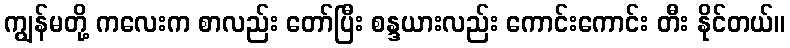
ကျွန်မတို့ ကလေးက စာလည်း တော်ပြီး စန္ဒယားလည်း ကောင်းကောင်း တီး နိုင်တယ်။